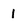
Character: 1